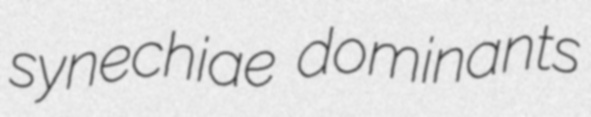
synechiae dominants